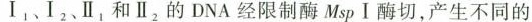
Ⅰ_{1}、Ⅰ_{2}、Ⅱ_{1}和Ⅱ_{2}的DNA经限制酶MspⅠ酶切，产生不同的